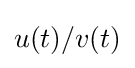
u(t)/v(t)